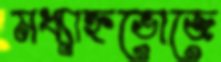
মধ্যাহ্নভোজে